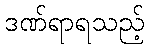
ဒဏ်ရာရသည့်